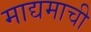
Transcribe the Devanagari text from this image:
माद्यमाची